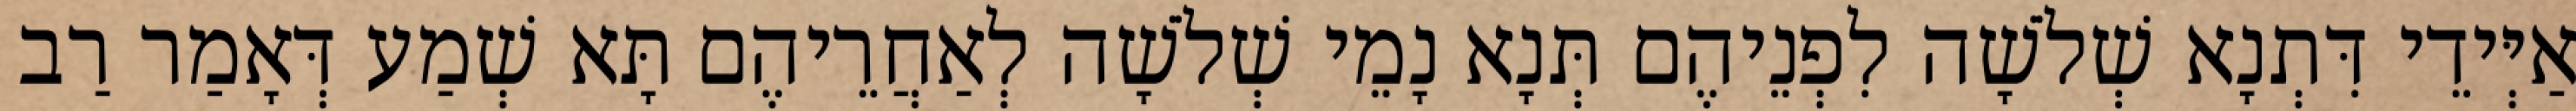
אַיְּידֵי דִּתְנָא שְׁלֹשָׁה לִפְנֵיהֶם תְּנָא נָמֵי שְׁלֹשָׁה לְאַחֲרֵיהֶם תָּא שְׁמַע דְּאָמַר רַב